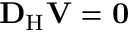
{ \mathbf { D } } _ { \mathrm { H } } \mathbf { V } = \mathbf { 0 }